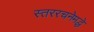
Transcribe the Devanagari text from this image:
स्तररचनेमद्धे